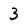
Character: 3